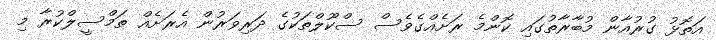
އަތޮޅު ގުރުއާން މުބާރާތުގައި ކޮންމެ ރަށެއްގެވެސް ސްކޫލްތަކުގެ ދަރިވަރުން އެރަށެއް ތަމްސީލްކުރާ މި